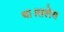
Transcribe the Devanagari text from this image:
था।सलेम